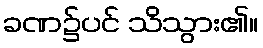
ခဏ၌ပင် သိသွား၏။